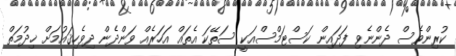
ކުރިންވެސް ދެންނެވި ފަދައިން ކަސްޓަމްސްއަކީ ސަތޭކަ އެތައް އަހަރެއް ވަންދެން ދިވެހިޤައުމަށް ޚިދުމަތް